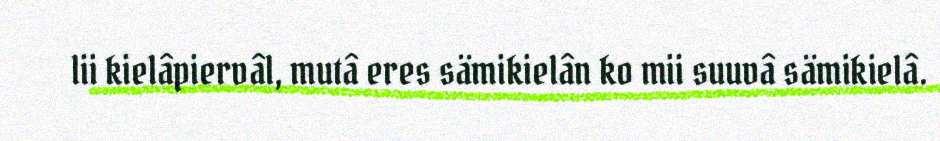
lii kielâpiervâl, mutâ eres sämikielân ko mii suuvâ sämikielâ.